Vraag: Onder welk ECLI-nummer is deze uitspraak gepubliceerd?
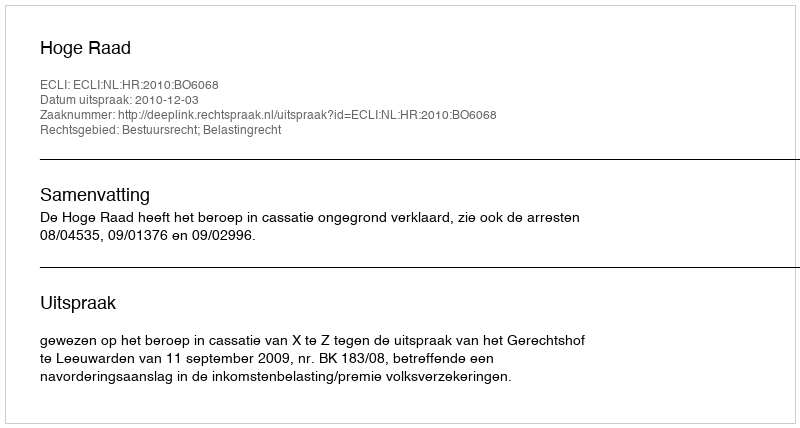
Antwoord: ECLI:NL:HR:2010:BO6068